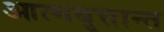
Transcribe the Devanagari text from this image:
आत्मबृत्तान्त